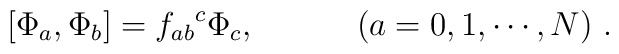
[\Phi_{a},\Phi_{b}] = {f_{ab}}^{c}\Phi_{c} ,\hspace{.5in} (a=0,1,\cdots,N)~.